Regulations for the medical services of the Army of India
Year: 1930
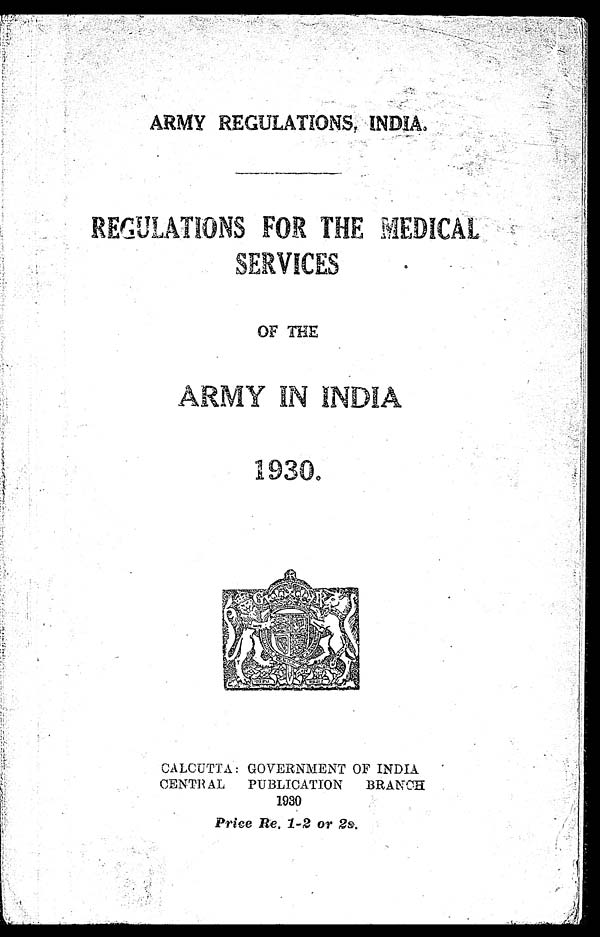
ARMY REGULATIONS, INDIA.
REGULATIONS FOR THE MEDICAL
SERVICES
OF THE
ARMY IN INDIA
1930.
CALCUTTA : GOVERNMENT OF INDIA
CENTRAL PUBLICATION BRANCH
1930
Price Re. 1-2 or 2s.